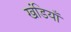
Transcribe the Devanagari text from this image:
खंडियाँ